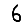
Digit: 6